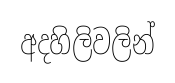
අදහිලිවලින්